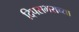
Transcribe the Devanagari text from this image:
दिपसभराच्या